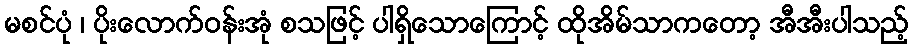
မစင်ပုံ ၊ ပိုးလောက်ဝန်းအုံ စသဖြင့် ပါရှိသောကြောင့် ထိုအိမ်သာကတော့ အီအီးပါသည့်